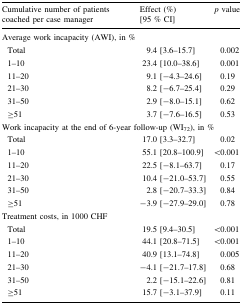
| Cumulative number of patients coached per case manager | Effect (%) [95 % CI] | p value |
 | --- | --- | --- |
 | <COLSPAN=3> Average work incapacity (AWI), in % |
 | Total | 9.4 [3.6–15.7] | 0.002 |
 | 1–10 | 23.4 [10.0–38.6] | 0.001 |
 | 11–20 | 9.1 [−4.3–24.6] | 0.19 |
 | 21–30 | 8.2 [−6.7–25.4] | 0.29 |
 | 31–50 | 2.9 [−8.0–15.1] | 0.62 |
 | ≥51 | 3.7 [−7.6–16.5] | 0.53 |
 | <COLSPAN=3> Work incapacity at the end of 6-year follow-up (WI72), in % |
 | Total | 17.0 [3.3–32.7] | 0.02 |
 | 1–10 | 55.1 [20.8–100.9] | <0.001 |
 | 11–20 | 22.5 [−8.1–63.7] | 0.17 |
 | 21–30 | 10.4 [−21.0–53.7] | 0.55 |
 | 31–50 | 2.8 [−20.7–33.3] | 0.84 |
 | ≥51 | −3.9 [−27.9–29.0] | 0.78 |
 | <COLSPAN=3> Treatment costs, in 1000 CHF |
 | Total | 19.5 [9.4–30.5] | <0.001 |
 | 1–10 | 44.1 [20.8–71.5] | <0.001 |
 | 11–20 | 40.9 [13.1–74.8] | 0.005 |
 | 21–30 | −4.1 [−21.7–17.8] | 0.68 |
 | 31–50 | 2.2 [−15.1–22.6] | 0.81 |
 | ≥51 | 15.7 [−3.1–37.9] | 0.11 |